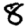
Digit: 8